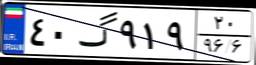
۴۰گ۹۱۹۲۰